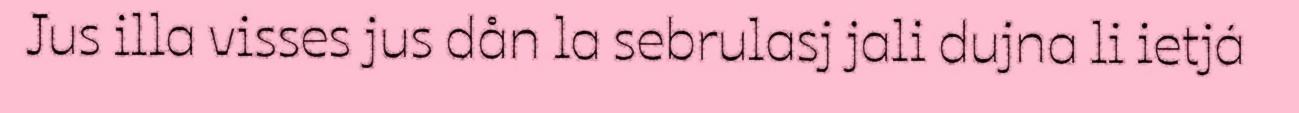
Jus illa visses jus dån la sebrulasj jali dujna li ietjá